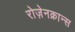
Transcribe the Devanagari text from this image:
रोज़ेनक्रान्स